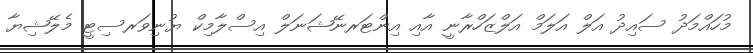
މުހައްމަދު ސައިދު އަލް އަލަމް އަލްޒަހްރާނީ އާއި އިންޓަރނޭޝަނަލް އިސްލާމިކް ޔުނިވަރސިޓީ މެލޭޝިޔާ